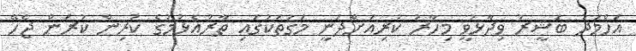
އަހްމަދު ބަޝީރު ވިދާޅުވީ މިހާރު ކުރިއަށްދަނީ މަގުތަކުގައި ތާރުއެޅުމުގެ ކުރިން ކުރަން ޖެހޭ